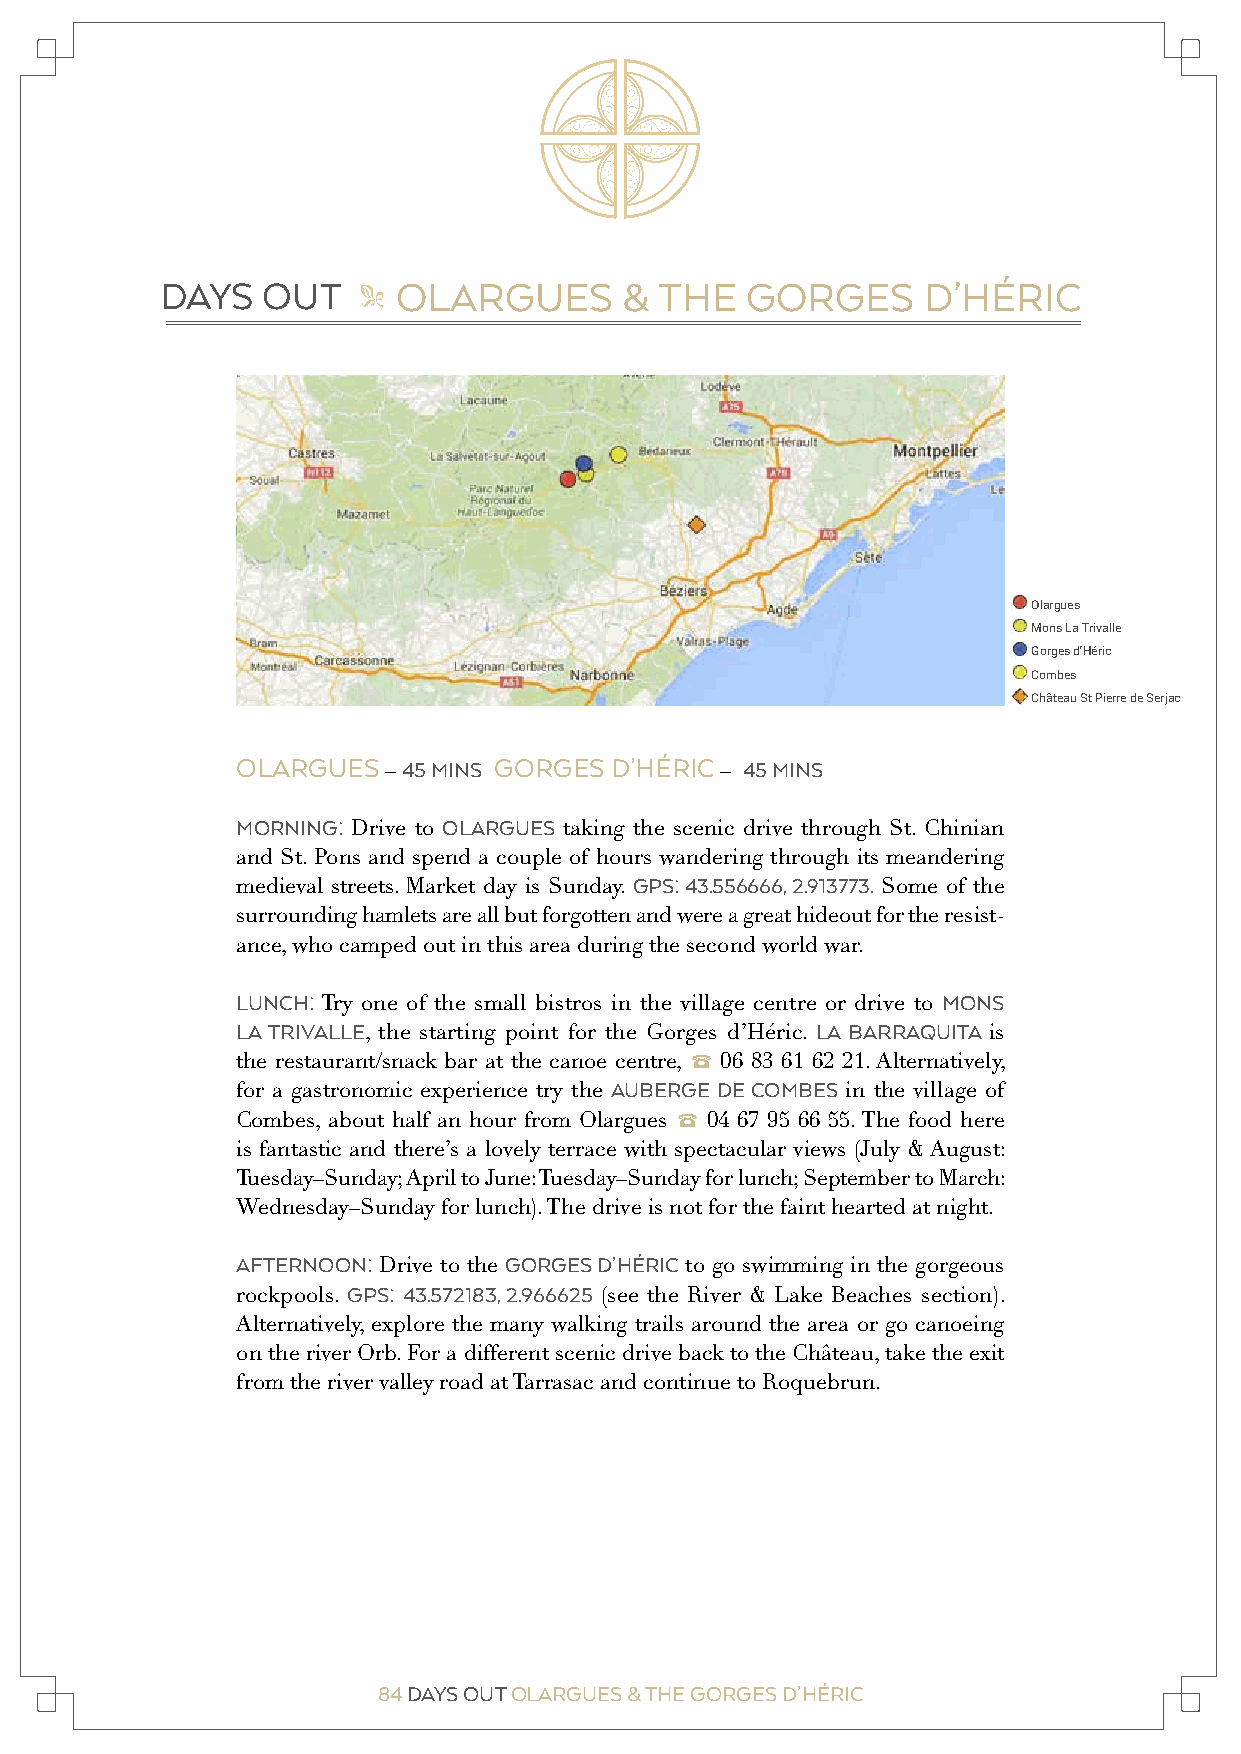
SPS olargues
 Untitled layer
 Olargues  DAYS  OUT    " OLARGUES       &  THE  GORGES      D’HÉRIC
 Mons La Trivalle
 Gorges d'Héric
 Combes
 Château St Pierre de Serjac
 SPS  olargues
 Untitled layer
 Olargues
 Mons La Trivalle
 Gorges d'Héric
 Combes
 Château St Pierre de Serjac
 OLARGUES – 45 MINS GORGES D’HÉRIC – 45 MINS
 MORNING: Drive to OLARGUES taking the scenic drive through St. Chinian
 and St. Pons and spend a couple of hours wandering through its meandering
 medieval streets. Market day is Sunday. GPS: 43.556666, 2.913773. Some of the
 surrounding hamlets are all but forgotten and were a great hideout for the resist-
 ance, who camped out in this area during the second world war.
 LUNCH: Try one of the small bistros in the village centre or drive to MONS
 LA TRIVALLE, the starting point for the Gorges d’Héric. LA BARRAQUITA is
 the restaurant/snack bar at the canoe centre, 2 06 83 61 62 21. Alternatively,
 for a gastronomic experience try the AUBERGE DE COMBES in the village of
 Combes, about half an hour from Olargues 2 04 67 95 66 55. The food here
 is fantastic and there’s a lovely terrace with spectacular views (July & August:
 Tuesday–Sunday; April to June: Tuesday–Sunday for lunch; September to March:
 Wednesday–Sunday for lunch). The drive is not for the faint hearted at night.
 AFTERNOON: Drive to the GORGES D’HÉRIC to go swimming in the gorgeous
 rockpools. GPS: 43.572183, 2.966625 (see the River & Lake Beaches section).
 Alternatively, explore the many walking trails around the area or go canoeing
 on the river Orb. For a different scenic drive back to the Château, take the exit
 from the river valley road at Tarrasac and continue to Roquebrun.
 84 DAYS OUT OLARGUES & THE GORGES D’HÉRIC